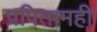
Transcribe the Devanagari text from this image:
प्रपितामही